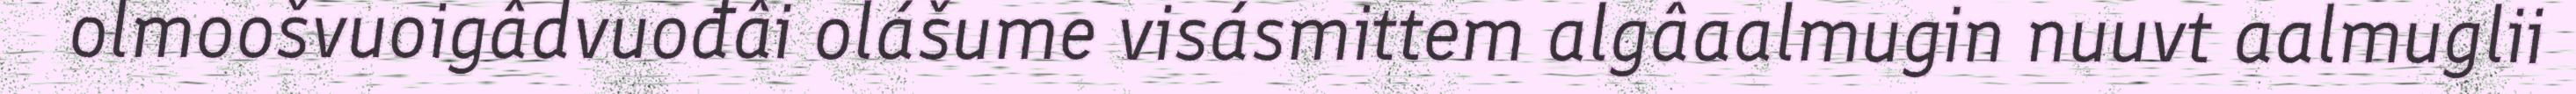
olmoošvuoigâdvuođâi olášume visásmittem algâaalmugin nuuvt aalmuglii